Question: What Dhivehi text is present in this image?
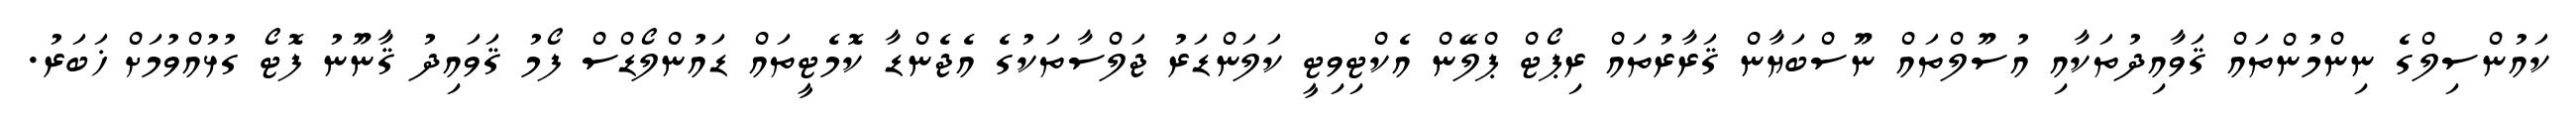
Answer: ކައުންސިލްގެ ނިންމުންތައް ޤަވާއިދުތަކާއި އުސޫލްތައް ނޫސްބަޔާން ޤަރާރުތައް ރިޕޯޓް ޕްލޭން އެކްޓިވިޓީ ކަލަންޑަރު ޖަލްސާތަކުގެ އެޖެންޑާ ކޮމެޓީތައް ޑައުންލޯޑްސް ފޯމު ޤަވައިދު ޤާނޫނު ފޮޓޯ ގުޅުއްވުމަށް ޚަބަރު.